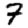
Digit: 7